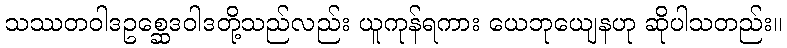
သဿတဝါဒဥစ္ဆေဒဝါဒတို့သည်လည်း ယူကုန်ရကား ယေဘုယျေနဟု ဆိုပါသတည်း။